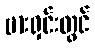
ဗားရှင်းတွင်